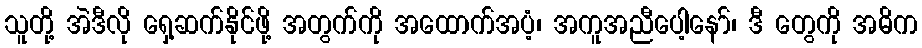
သူတို့ အဲဒီလို ရှေ့ဆက်နိုင်ဖို့ အတွက်ကို အထောက်အပံ့၊ အကူအညီပေါ့နော်၊ ဒီ တွေကို အဓိက